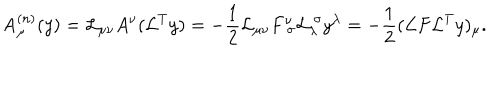
\mathrm { A } _ { \mu } ^ { ( n ) } ( y ) = { \cal L } _ { \mu \nu } A ^ { \nu } ( { \cal L } ^ { T } y ) = - \frac { 1 } { 2 } { \cal L } _ { \mu \nu } F _ { \ \sigma } ^ { \nu } { \cal L } _ { \lambda } ^ { \ \sigma } y ^ { \lambda } = - \frac { 1 } { 2 } ( { \cal L } F { \cal L } ^ { T } y ) _ { \mu } .